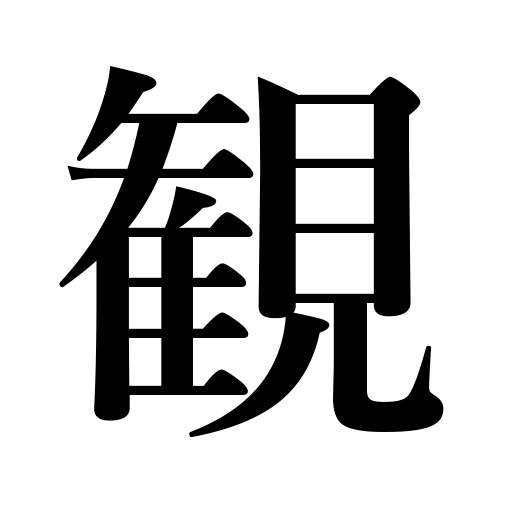
Meanings: spectacle,condition,view,outlook,look,appearance